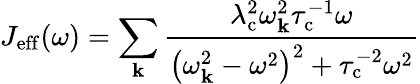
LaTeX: J_{\mathrm{eff}}(\omega)=\sum_{\mathbf{k}}\frac{\lambda_{\mathrm{c}}^{2}\omega_{\mathbf{k}}^{2}\tau_{\mathrm{c}}^{-1}\omega}{\left(\omega_{\mathbf{k}}^{2}-\omega^{2}\right)^{2}+\tau_{\mathrm{c}}^{-2}\omega^{2}}